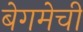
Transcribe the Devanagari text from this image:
बेगमेची